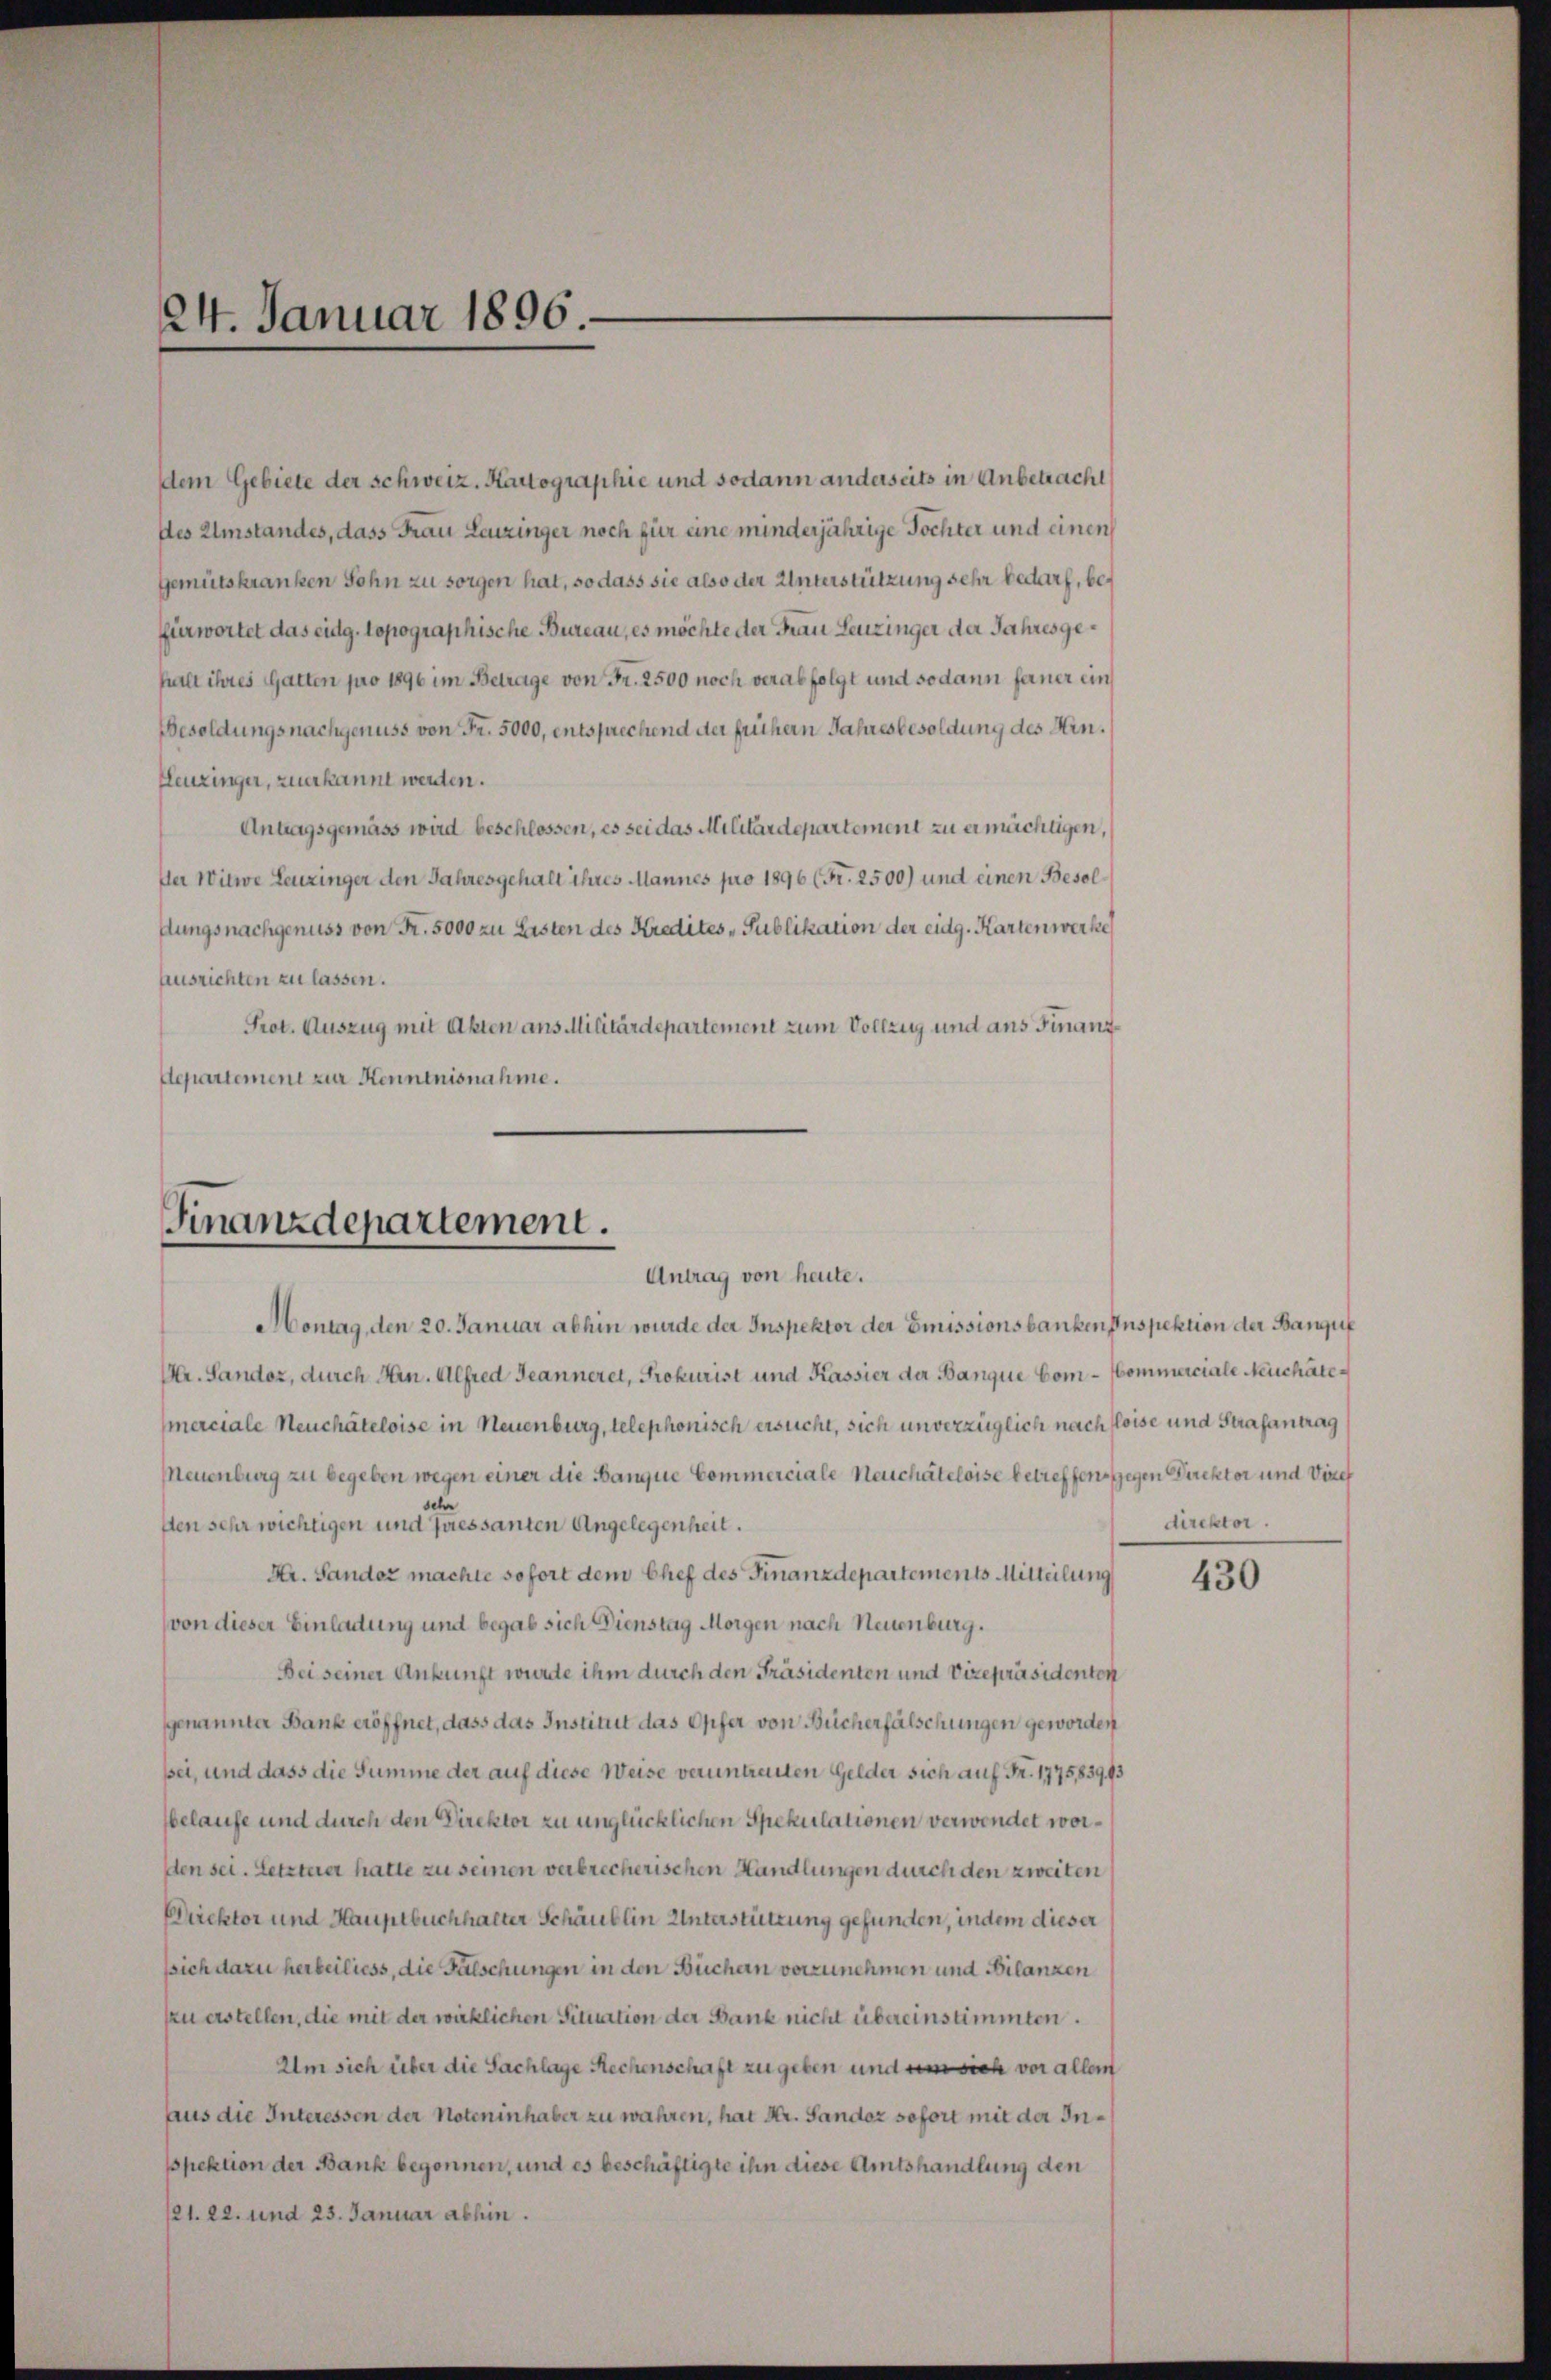
24. Januar 1896.

dem Gebiete der schweiz. Kartographie und sodann anderseits in Anbetracht
des Umstandes, dass Frau Leuzinger noch für eine minderjährige Töchter und einen
Gemütskranken Sohn zu sorgen hat, so dass sie also der Unterstützung sehr bedarf, befürwortet das eidg. topographische Bureau, es möchte der Frau Leuzinger der Jahres gehalt ihres Gatten pro 1896 im Betrage von Fr. 2500 noch verabfolgt und sodann ferner ein
Besoldungsnachgenuss von Fr. 5000, entsprechend der frühern Jahresbesoldung des Hin¬
Leuzinger, zuerkannt werden.
Antragsgemäss wird beschlossen, es sei das Militärdepartement zu ermächtigen,
Der Witwe Leuzinger den Jahresgehalt ihres Mannes pro 1896 (Fr. 2500) und einen Besollungsnachgenuss von Fr. 5000 zu Lasten des Kredites Publikation der eidg. Kartenwerke
Ausrichten zu lassen.
Prot. Auszug mit Akten ans Militärdepartement zum Vollzug und aus Finanz¬
Departement zur Kenntnisnahme.

Finanzdepartement.
Antrag von heute.

Montag den 20. Januar abhin wurde der Inspektor der Emissionsbanken Inspektion der Bangul
Mr. Sandoz, durch Hrn. Alfred Jeanneret, Prokurist und Kassier der Banque Com-Kommerciale Neuchatemerciale Neuchâteloise in Neuenburg, telephonisch ersucht, sich unverzüglich nach Hoise und Strafantrag
Neuenburg zu begeben wegen einer die Banque Commerciale Nachateloise betreffen, gegen Direktor und Vize
schr
den sehr wichtigen und Zuessanten Angelegenheit.
Hr. Sander machte sofort dem Chef des Finanzdepartements Mitteilung
von dieser Einladung und begab sich Dienstag Morgen nach Neuenburg.
Bei seiner Ankunft wurde ihm durch den Präsidenten und Vizepräsidenten
genannter Bank eröffnet, dass das Instituit das Opfer von Bücherfälschungen geworden
sei, und dass die Summe der auf diese Weise veruntreuten Gelder sich auf Fr. 1775,83993
belaufe und durch den Direktor zu unglücklichen Spekulationen verwendet worden sei. Letzterer hatte zu seinen verbrecherischen Handlungen durch den zweiten
Direktor und Hauptbuchhalter Schäublin Unterstützung gefunden, indem dieser
ssich dazu herbeiliess, die Fälschungen in den Büchen vorzunehmen und Bilanzen
zu erstellen, die mit der wirklichen Situation der Bank nicht übereinstimmten.
Um sich über die Sachlage Rechenschaft zu geben und um sich vor allem
aus die Interessen der Noteninhaber zu wahren, hat Hr. Sandoz sofort mit der Insspektion der Bank begonnen, und es beschäftigte ihn diese Amtshandlung den
121. 22. und 23. Januar abhin.

direktor.

430